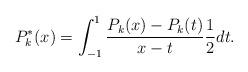
LaTeX: \begin{align*}P_k^*(x) &=\int_{-1}^1 \frac{P_k(x)-P_k(t)}{x-t}\frac{1}{2}dt .\end{align*}